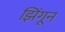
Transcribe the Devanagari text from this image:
झिंगून